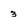
Character: 3